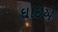
ઘાઇએ